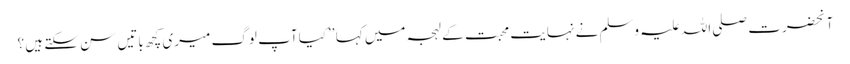
آنحضرت صلی اللہ علیہ وسلم نے نہایت محبت کے لہجہ میں کہا ’’کیا آپ لوگ میری کچھ باتیں سن سکتے ہیں ؟